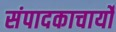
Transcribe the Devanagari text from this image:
संपादकाचार्यों